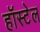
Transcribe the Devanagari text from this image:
हॉस्टेल